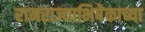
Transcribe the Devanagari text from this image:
रामराज्याभिषेकाच्या